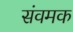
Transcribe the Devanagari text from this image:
संवमक